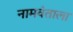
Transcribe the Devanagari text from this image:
नामवंताला